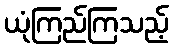
ယုံကြည်ကြသည့်